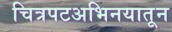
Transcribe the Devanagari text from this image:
चित्रपटअभिनयातून